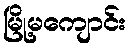
မြို့မကျောင်း